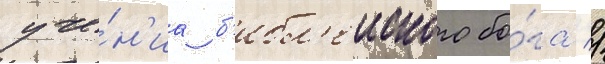
уче́н'иа б'ибл'еиского бо́га //